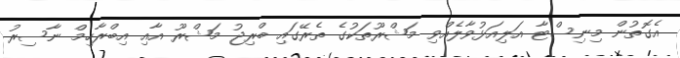
އެގޮތުން މިނިސްޓާ އަލިއަޅުވާލެއްވި މަޝްރޫތަކުގެ ތެރޭގައި ބްރިޖު މަޝްރޫ އާއި އިބްރާހިމް ނާސިރު